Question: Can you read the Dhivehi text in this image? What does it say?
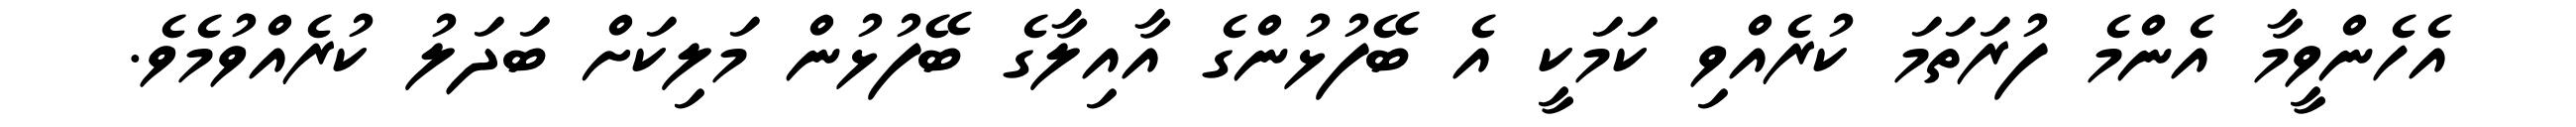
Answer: އެހެންވީމާ އެންމެ ފުރަތަމަ ކުރެއްވި ކަމަކީ އެ ބޭފުޅުންގެ އާއިލާގެ ބޭފުޅުން މަލިކަށް ބަދަލު ކުރެއްވުމެވެ.